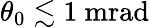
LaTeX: \theta_{0}\lesssim 1\ \mathrm{mrad}